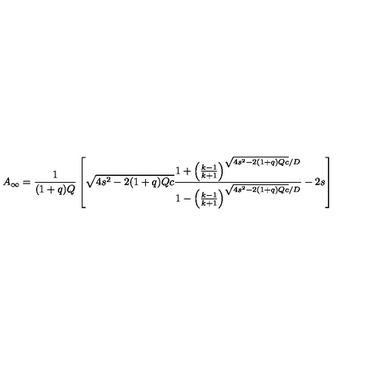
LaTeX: A _ { \infty } = \frac { 1 } { ( 1 + q ) Q } \left[ \sqrt { 4 s ^ { 2 } - 2 ( 1 + q ) Q c } \frac { 1 + \left( \frac { k - 1 } { k + 1 } \right) ^ { \sqrt { 4 s ^ { 2 } - 2 ( 1 + q ) Q c } / D } } { 1 - \left( \frac { k - 1 } { k + 1 } \right) ^ { \sqrt { 4 s ^ { 2 } - 2 ( 1 + q ) Q c } / D } } - 2 s \right]